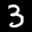
Label: 3